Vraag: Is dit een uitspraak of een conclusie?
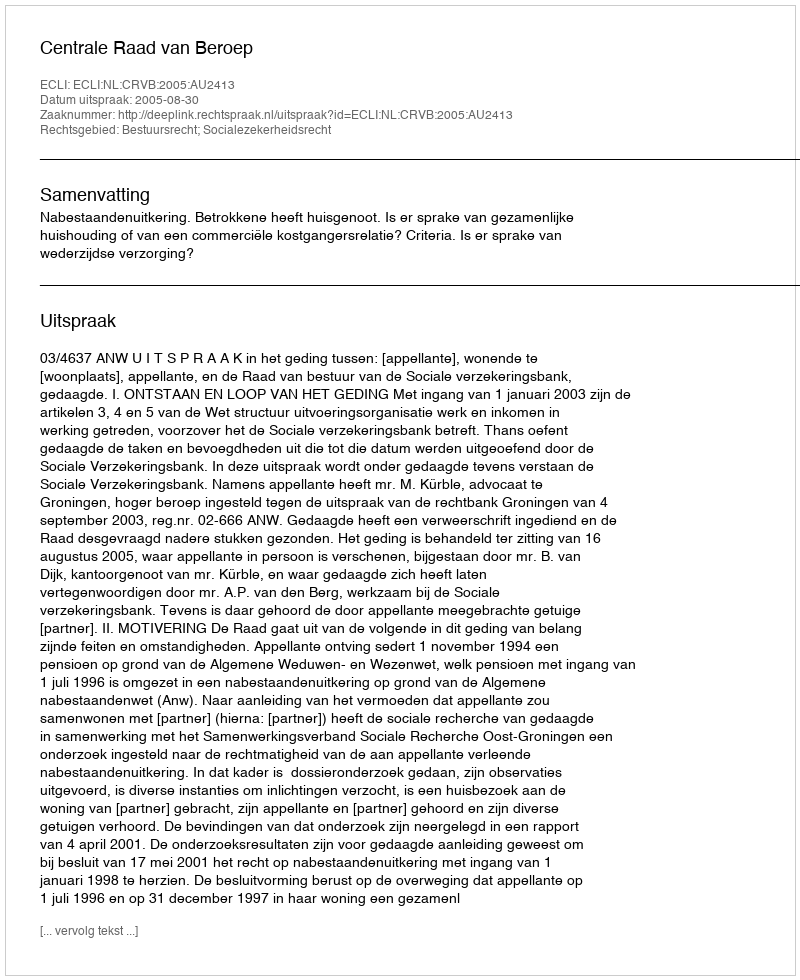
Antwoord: Uitspraak